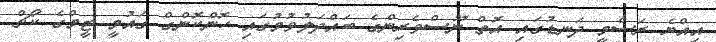
އިއްޔެ ރަސްމީ ދަނޑުގައި އޮތް ނޫސްވެރިންގެ ބައްދަލުވުމުގައި ހޮންކޮންގް ގައުމީ ޓީމްގެ ކޯޗް